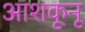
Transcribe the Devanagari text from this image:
आशकूनू